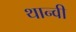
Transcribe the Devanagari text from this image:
थान्वी